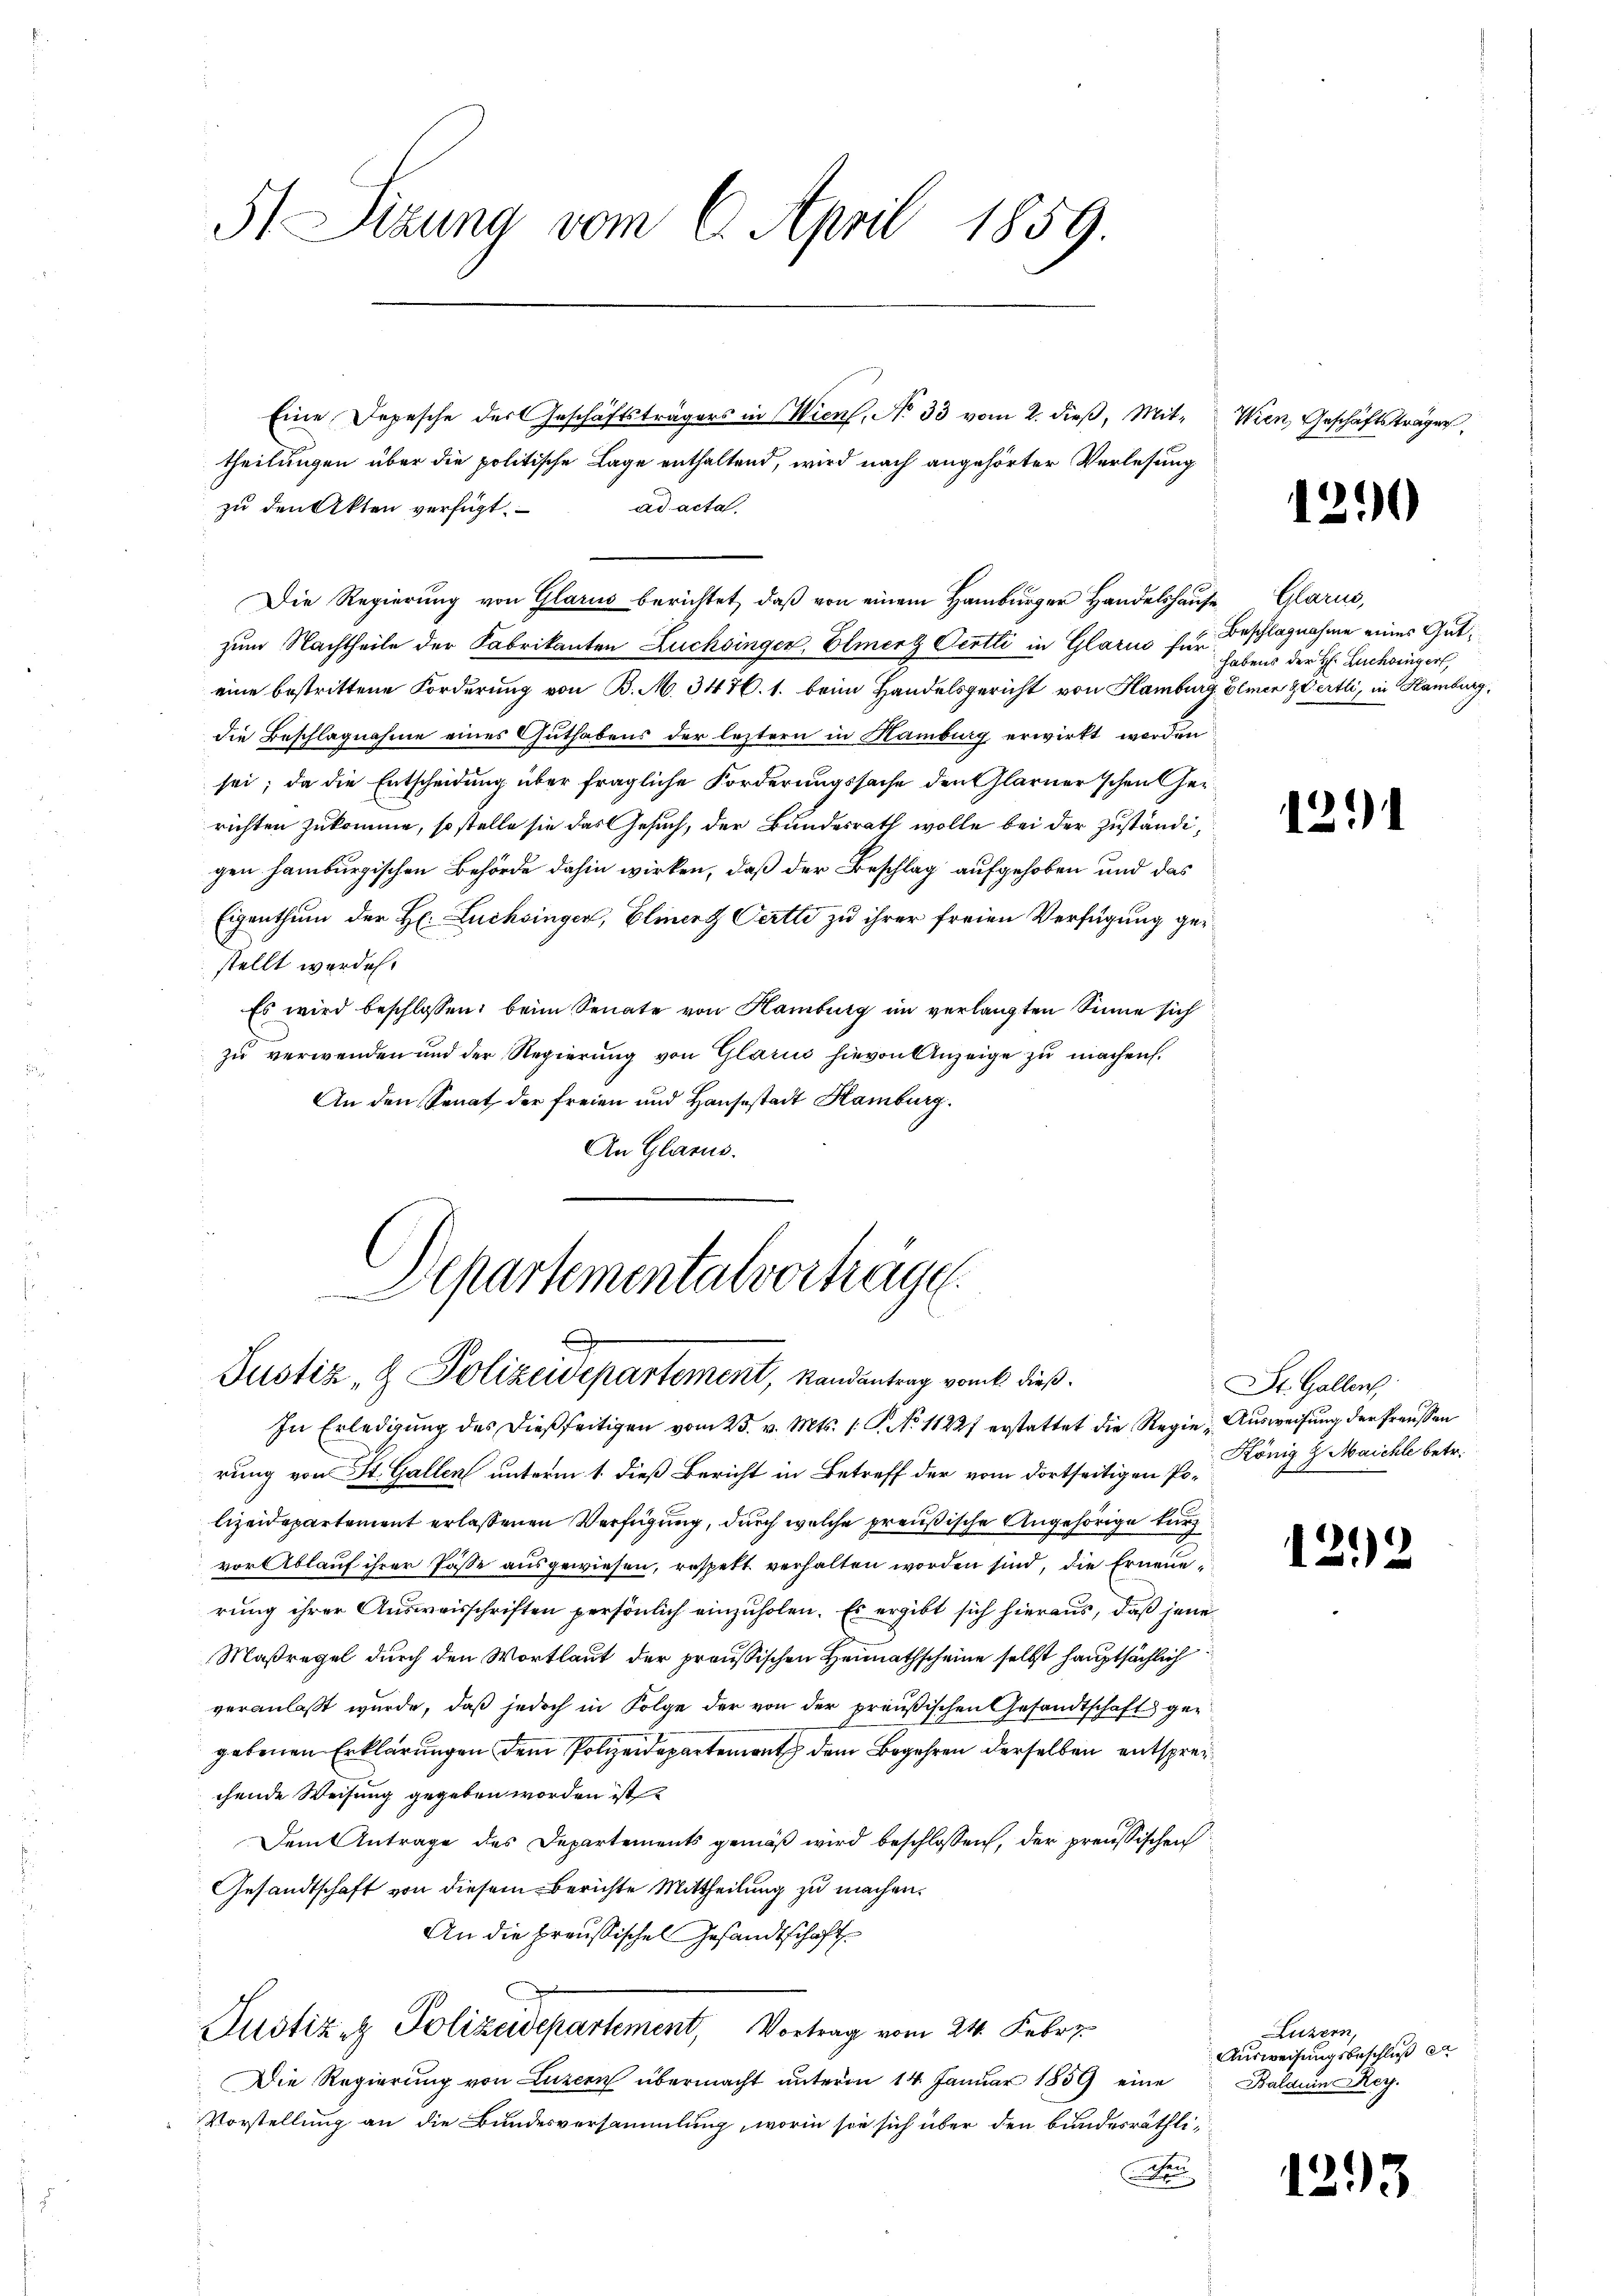
51 Sizung vom 6. April 1859.

Eine Depesche der Geschäftsträgers in Wien, No 33 vom 2. dieβ, Mit- Wien Geschäftsträger,
theilungen über die politische Lage enthaltend, wird nach angehörter Verlesung
ad acta.
zu den Akten verfügt:
Die Regierung von Glarus berichtet, daß von einem Hamburger Handelshause Glarus,
zum Nachtheile der Fabrikanten Lüchsinger, Elmerz Oertli in Glarus für Beschlagnahme eines Guteine bestrittene Forderung von B. M. 3476. 1. beim Handelsgericht von Hamburg Elmer Wertli, in Hamburg,
die Beschlagnahme eines Guthabens der leztern in Hamburg erwirkt worden
sei; da die Entscheidung über fragliche Forderungssache den Glarner'schen Herrichten zukomme, so stelle sie das Gesuch, der Bundesrath wolle bei der zuständigen hamburgischen Behörde dahin wirken, daß der Beschlag aufgehoben und das
Eigenthum der H. Luchsinger, Elment Oertli zu ihrer freien Verfügung gestellt werden.
Es wird beschlossen: beim Senate von Hamburg im verlangten Sinne sich
zu verwenden und der Regierung von Glarus hievon Anzeige zu machen.
An den Senat der freien und Hausestadt Hamburg.
An Glarus.

1
Aepartementalvorträge.
Justiz- & Polizeidepartement, Randantrag von dieß¬
In Erledigŭng des dießseitigen vom 23. v. Mts. 1. No 11227 erstattet die Regie Aŭsweisŭng der Preussen

rung von St. Gallen unterm 1. dieß Bericht in Betreff der vom dortseitigen Polizeidepartement erlassenen Verfügung, durch welche preußische Angehörige kurz
vor Ablauf ihrer Pässe ausgewiesen, respekt verhalten worden sind, die Erneue
rung ihrer Ausweisschriften persönlich einzuholen. Es ergibt sich hieraus, daß jene
Maßregel durch den Wortlaut der preussischen Heimathscheine selbst hauptsächlich
veranlaßt wurde, daß jedoch in Folge der von der preußischen Gesandtschaft gegebenen Erklärungen dem Polizeidepartement dem Begehren derselben entsprecchende Weisung gegeben worden ist.
Dem Antrage des Departements gemäß wird beschlossen, der preussischen
Gesandtschaft von diesem Berichte Mittheilung zu machen.
An die Preußischen Gesandtschaft
Justiz & Polizeidepartement, Vortrag vom 24. Febr.
Die Regierung von Luzern übermacht unterm 14. Januar 1859 eine
Vorstellung an die Bundesversammlung, worin sie sich über den bundesräthlin

1290

habens der H. Luchinger

1291

St. Gallen
König 2 Maichte betr.

122

Luzern,
Ausweisungsbeschluß er
Balauin sey.

1293